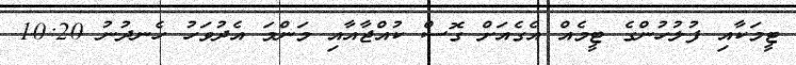
ޓީމަކާއި ފުލުހުންގެ ޓީމެއް އެގެއަށް ގޮސް ކުއްޖާއާއި މަންމަ އެދުވަހު ހެނދުނު 10:20